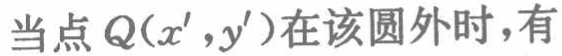
当点\(Q(x',y')\)在该圆外时，有